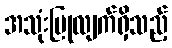
အသုံးပြုလျက်ရှိသည့်